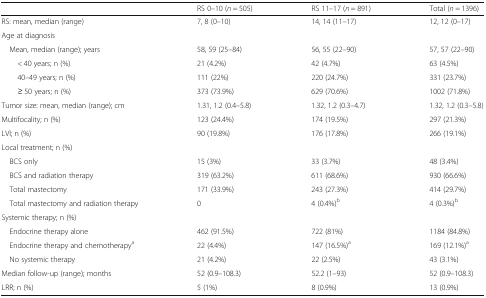
<table><thead><tr><td></td><td><b>RS 0–10 (<i>n</i> = 505)</b></td><td><b>RS 11–17 (<i>n</i> = 891)</b></td><td><b>Total (<i>n</i> = 1396)</b></td></tr></thead><tbody><tr><td>RS: mean, median (range)</td><td>7, 8 (0–10)</td><td>14, 14 (11–17)</td><td>12, 12 (0–17)</td></tr><tr><td colspan="4">Age at diagnosis</td></tr><tr><td> Mean, median (range); years</td><td>58, 59 (25–84)</td><td>56, 55 (22–90)</td><td>57, 57 (22–90)</td></tr><tr><td>&lt; 40 years; n (%)</td><td>21 (4.2%)</td><td>42 (4.7%)</td><td>63 (4.5%)</td></tr><tr><td>40–49 years; n (%)</td><td>111 (22%)</td><td>220 (24.7%)</td><td>331 (23.7%)</td></tr><tr><td>≥ 50 years; n (%)</td><td>373 (73.9%)</td><td>629 (70.6%)</td><td>1002 (71.8%)</td></tr><tr><td>Tumor size: mean, median (range); cm</td><td>1.31, 1.2 (0.4–5.8)</td><td>1.32, 1.2 (0.3–4.7)</td><td>1.32, 1.2 (0.3–5.8)</td></tr><tr><td>Multifocality; n (%)</td><td>123 (24.4%)</td><td>174 (19.5%)</td><td>297 (21.3%)</td></tr><tr><td>LVI; n (%)</td><td>90 (19.8%)</td><td>176 (17.8%)</td><td>266 (19.1%)</td></tr><tr><td colspan="4">Local treatment; n (%)</td></tr><tr><td> BCS only</td><td>15 (3%)</td><td>33 (3.7%)</td><td>48 (3.4%)</td></tr><tr><td> BCS and radiation therapy</td><td>319 (63.2%)</td><td>611 (68.6%)</td><td>930 (66.6%)</td></tr><tr><td> Total mastectomy</td><td>171 (33.9%)</td><td>243 (27.3%)</td><td>414 (29.7%)</td></tr><tr><td> Total mastectomy and radiation therapy</td><td>0</td><td>4 (0.4%)<sup>b</sup></td><td>4 (0.3%)<sup>b</sup></td></tr><tr><td colspan="4">Systemic therapy; n (%)</td></tr><tr><td> Endocrine therapy alone</td><td>462 (91.5%)</td><td>722 (81%)</td><td>1184 (84.8%)</td></tr><tr><td> Endocrine therapy and chemotherapy<sup>a</sup></td><td>22 (4.4%)</td><td>147 (16.5%)<sup>a</sup></td><td>169 (12.1%)<sup>a</sup></td></tr><tr><td> No systemic therapy</td><td>21 (4.2%)</td><td>22 (2.5%)</td><td>43 (3.1%)</td></tr><tr><td>Median follow-up (range); months</td><td>52 (0.9–108.3)</td><td>52.2 (1–93)</td><td>52 (0.9–108.3)</td></tr><tr><td>LRR; n (%)</td><td>5 (1%)</td><td>8 (0.9%)</td><td>13 (0.9%)</td></tr></tbody></table>